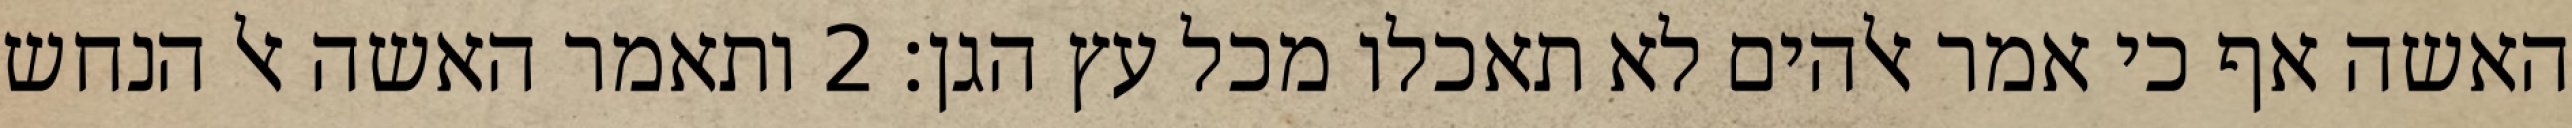
האשה אף כי אמר אלהים לא תאכלו מכל עץ הגן׃ ‎2‏ ותאמר האשה אל הנחש